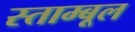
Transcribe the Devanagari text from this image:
स्ताम्बूल